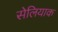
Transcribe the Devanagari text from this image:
सेलियाक